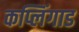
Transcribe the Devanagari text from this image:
कप्लिंगाड